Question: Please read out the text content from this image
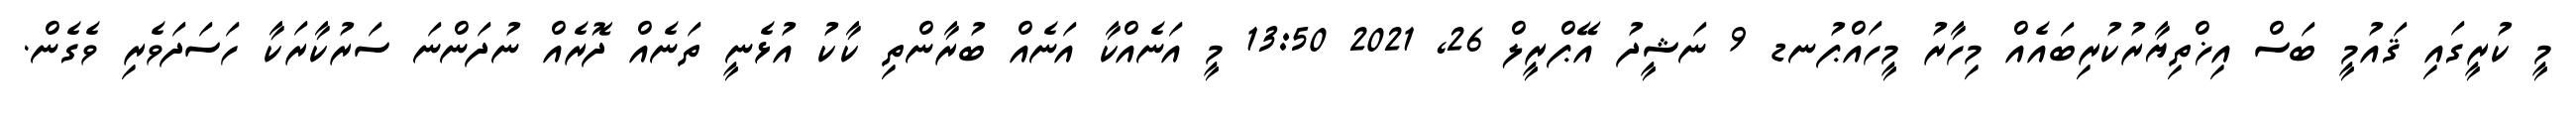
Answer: މީ ކުރީގައި ޤައުމީ ބަސް އިޚްތިޔާރުކުރިބައެއް މިހާރު މީހައްޕުނޑ 9 ނަޝީދު އޭޕްރީލް 26, 2021 13:50 މީ އަނެއްކާ އަނެއް ބުރާންތި ކާކު އުޅެނީ ތަނެއް ދޮރެއް ނުދަންނަ ސަރުކާރަކާ ހަސަދަވެރި ވެގެން.